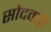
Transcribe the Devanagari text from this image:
सोदवती